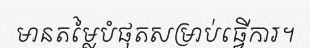
មានតម្លៃបំផុតសម្រាប់ធ្វើការ។